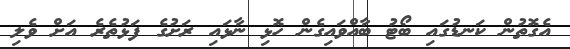
އެގޮތުން ކަނޑުގައި ބޯޓު ބާއްވައިގެން ހޮޅި ނާޅައި ރަށުގެ ފަޅުތެރެ އަށް ވެލި